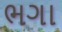
ભગા